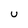
Character: U